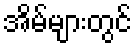
အိမ်များတွင်